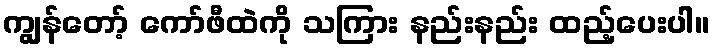
ကျွန်တော့် ကော်ဖီထဲကို သကြား နည်းနည်း ထည့်ပေးပါ။